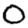
Digit: 0